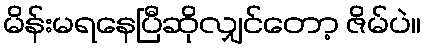
မိန်းမရနေပြီဆိုလျှင်တော့ ဇိမ်ပဲ။